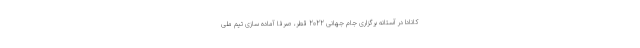
کانادا در آستانه برگزاری جام جهانی 2022 قطر، صرفا آماده سازی تیم ملی